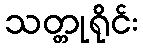
သတ္တုရိုင်း